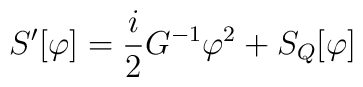
S^{\prime}[\varphi ]={\frac{i}{2}}G^{-1}\varphi^2+S_Q[\varphi ]